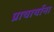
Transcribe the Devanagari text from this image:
प्राचार्याना